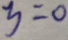
y = 0